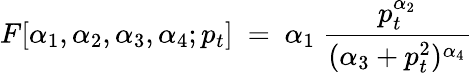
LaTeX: F[{\alpha}_{1},{\alpha}_{2},{\alpha}_{3},{\alpha}_{4};p_{t}]\ =\ {\alpha}_{1}\ \frac{p_{t}^{{\alpha}_{2}}}{({\alpha}_{3}+p_{t}^{2})^{{\alpha}_{4}}}